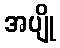
အပျို